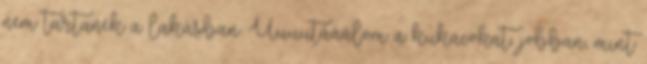
nem tartanék a lakásban. Uuuutááálom a kukacokat, jobban, mint